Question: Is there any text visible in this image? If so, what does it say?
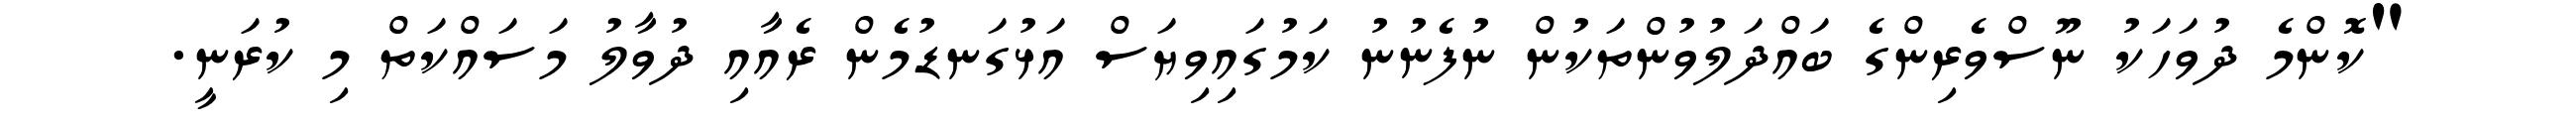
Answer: "ކޮންމެ ދުވަހަކު ނޫސްވެރިންގެ ބައްދަލުވުންތަކުން ނުފެނުނު ކަމުގައިވިޔަސް އަޅުގަނޑުމެން ރެއާއި ދުވާލު މަސައްކަތް މި ކުރަނީ.